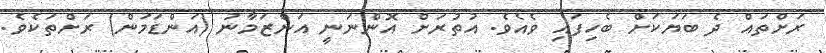
ރަށްތައް ދެ ބަޔަކަށް ބެހިފައި ވެއެވެ. އުތުރަށް އޮންނަނީ އަންޒަމާނު (އަންޑަމަން) ރަށްތަކެވެ.